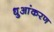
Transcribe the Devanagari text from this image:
धुआंकरण